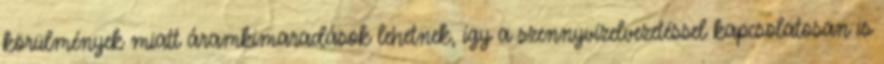
körülmények miatt áramkimaradások lehetnek, így a szennyvízelvezetéssel kapcsolatosan is